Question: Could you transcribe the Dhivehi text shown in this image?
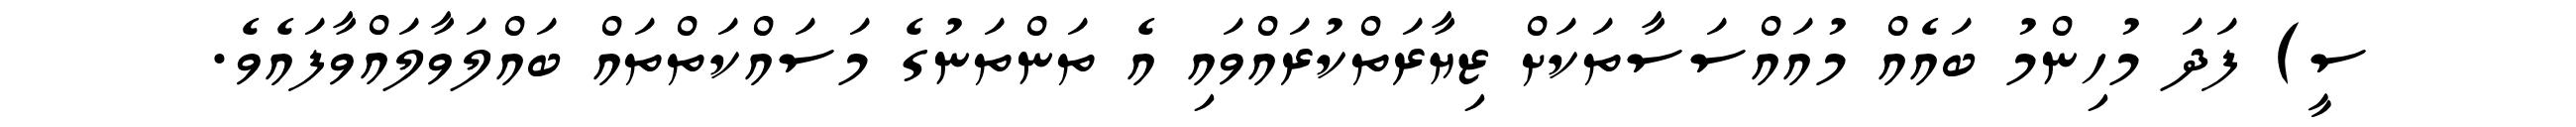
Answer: ސީ) ފަދަ މުހިންމު ބައެއް މުއައްސަސާތަކަށް ޒިޔާރަތްކުރައްވައި އެ ތަންތަނުގެ މަސައްކަތްތައް ބައްލަވާލައްވާފައެވެ.